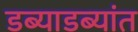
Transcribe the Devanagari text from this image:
डब्याडब्यांत